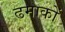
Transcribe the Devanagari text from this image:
ढमाकों